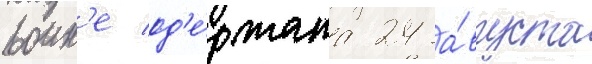
воин'е од'е́ржана 24 а́вгуста